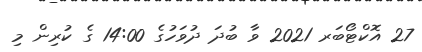
27 އޮކްޓޯބަރ 2021 ވާ ބުދަ ދުވަހުގެ 14:00 ގެ ކުރިން މި